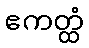
ဧကတ္ထံ